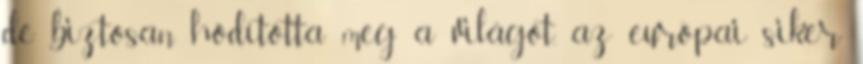
de biztosan hódította meg a világot, az európai siker